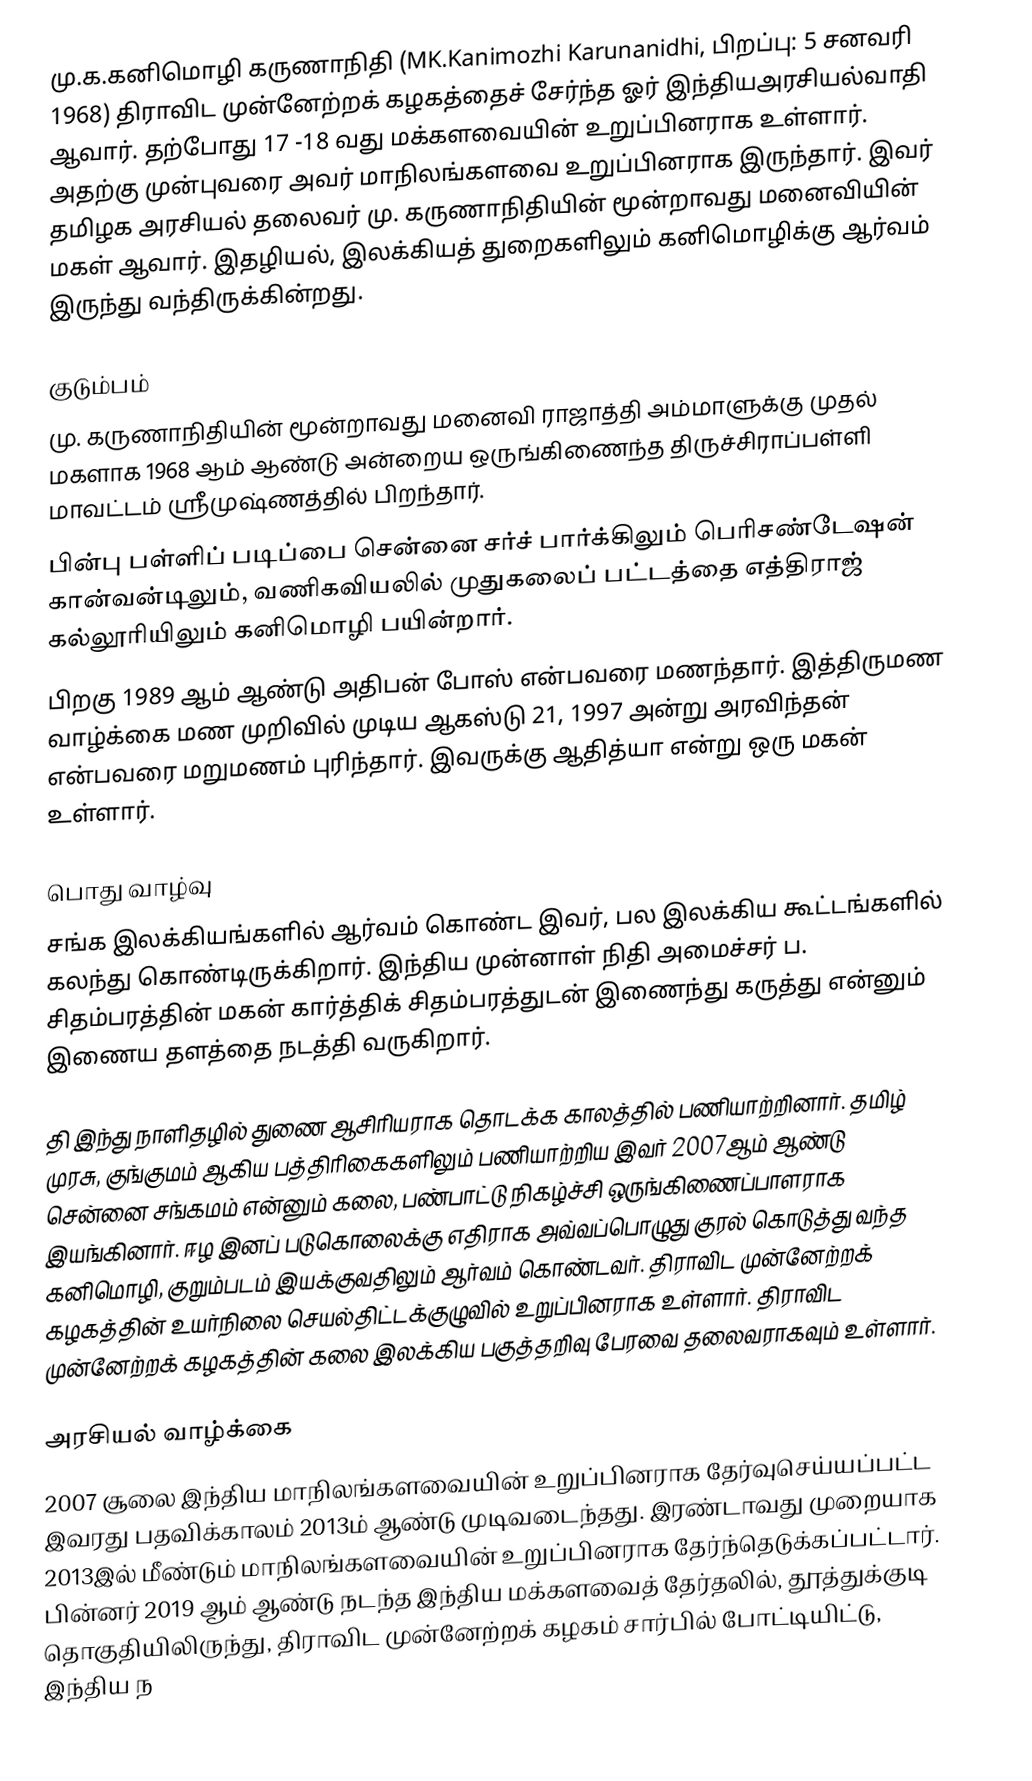
மு.க.கனிமொழி கருணாநிதி (MK.Kanimozhi Karunanidhi, பிறப்பு: 5 சனவரி 1968) திராவிட முன்னேற்றக் கழகத்தைச் சேர்ந்த ஓர் இந்தியஅரசியல்வாதி ஆவார். தற்போது 17 -18 வது மக்களவையின் உறுப்பினராக உள்ளார். அதற்கு முன்புவரை அவர் மாநிலங்களவை உறுப்பினராக இருந்தார். இவர் தமிழக அரசியல் தலைவர் மு. கருணாநிதியின் மூன்றாவது மனைவியின் மகள் ஆவார். இதழியல், இலக்கியத் துறைகளிலும் கனிமொழிக்கு ஆர்வம் இருந்து வந்திருக்கின்றது.

குடும்பம்
 மு. கருணாநிதியின் மூன்றாவது மனைவி ராஜாத்தி அம்மாளுக்கு முதல் மகளாக 1968 ஆம் ஆண்டு அன்றைய ஒருங்கிணைந்த திருச்சிராப்பள்ளி மாவட்டம்  ஸ்ரீமுஷ்ணத்தில்  பிறந்தார்.
 பின்பு பள்ளிப் படிப்பை சென்னை சர்ச் பார்க்கிலும் பெரிசண்டேஷன் கான்வன்டிலும், வணிகவியலில் முதுகலைப் பட்டத்தை எத்திராஜ் கல்லூரியிலும் கனிமொழி பயின்றார்.
 பிறகு 1989 ஆம் ஆண்டு அதிபன் போஸ் என்பவரை மணந்தார். இத்திருமண வாழ்க்கை மண முறிவில் முடிய ஆகஸ்டு 21, 1997 அன்று அரவிந்தன் என்பவரை மறுமணம் புரிந்தார். இவருக்கு ஆதித்யா என்று ஒரு மகன் உள்ளார்.

பொது வாழ்வு
சங்க இலக்கியங்களில் ஆர்வம் கொண்ட இவர், பல இலக்கிய கூட்டங்களில் கலந்து கொண்டிருக்கிறார். இந்திய முன்னாள் நிதி அமைச்சர் ப. சிதம்பரத்தின் மகன் கார்த்திக் சிதம்பரத்துடன் இணைந்து கருத்து என்னும் இணைய தளத்தை நடத்தி வருகிறார்.

தி இந்து நாளிதழில் துணை ஆசிரியராக தொடக்க காலத்தில் பணியாற்றினார். தமிழ் முரசு, குங்குமம் ஆகிய பத்திரிகைகளிலும் பணியாற்றிய இவர் 2007ஆம் ஆண்டு சென்னை சங்கமம் என்னும் கலை, பண்பாட்டு நிகழ்ச்சி ஒருங்கிணைப்பாளராக இயங்கினார். ஈழ இனப் படுகொலைக்கு எதிராக அவ்வப்பொழுது குரல் கொடுத்து வந்த கனிமொழி, குறும்படம் இயக்குவதிலும் ஆர்வம் கொண்டவர். திராவிட முன்னேற்றக் கழகத்தின் உயர்நிலை செயல்திட்டக்குழுவில் உறுப்பினராக உள்ளார். திராவிட முன்னேற்றக் கழகத்தின் கலை இலக்கிய பகுத்தறிவு பேரவை தலைவராகவும் உள்ளார்.

அரசியல் வாழ்க்கை
2007 சூலை இந்திய மாநிலங்களவையின் உறுப்பினராக தேர்வுசெய்யப்பட்ட இவரது பதவிக்காலம் 2013ம் ஆண்டு முடிவடைந்தது. இரண்டாவது முறையாக 2013இல் மீண்டும் மாநிலங்களவையின் உறுப்பினராக தேர்ந்தெடுக்கப்பட்டார். பின்னர் 2019 ஆம் ஆண்டு நடந்த இந்திய மக்களவைத் தேர்தலில், தூத்துக்குடி தொகுதியிலிருந்து, திராவிட முன்னேற்றக் கழகம் சார்பில் போட்டியிட்டு, இந்திய ந